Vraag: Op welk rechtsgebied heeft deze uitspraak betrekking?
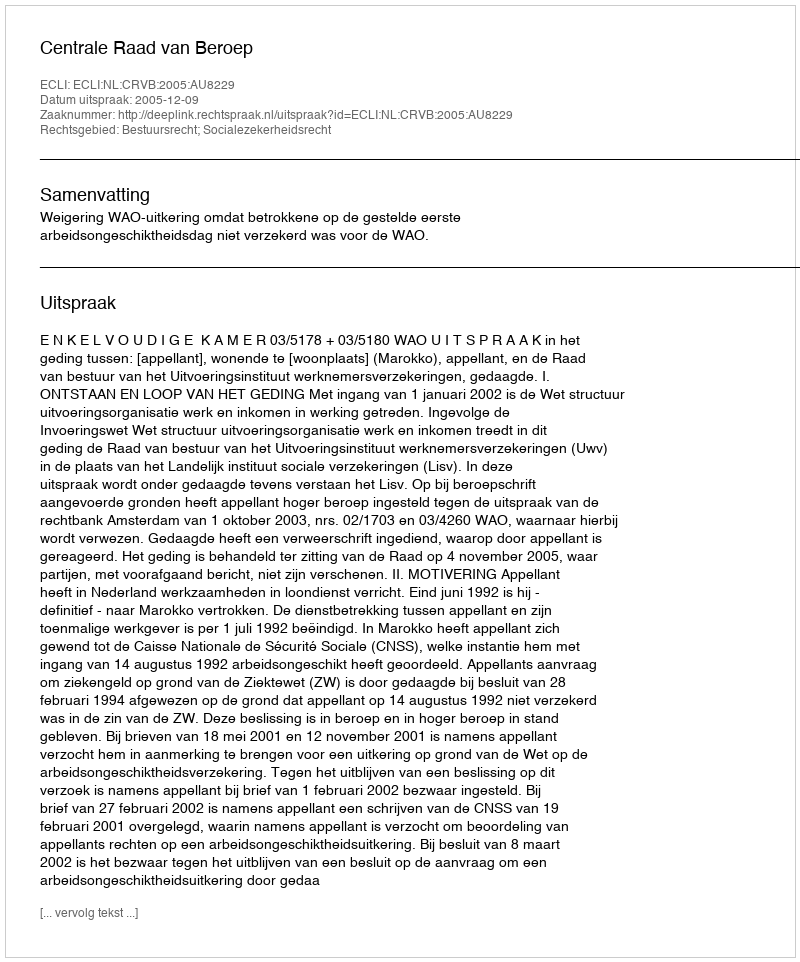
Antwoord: Bestuursrecht; Socialezekerheidsrecht